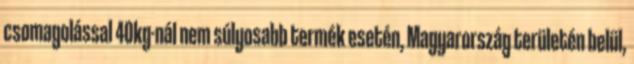
csomagolással 40kg-nál nem súlyosabb termék esetén, Magyarország területén belül,